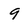
Character: 9